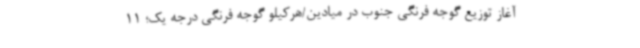
آغاز توزیع گوجه فرنگی جنوب در میادین/هرکیلو گوجه فرنگی درجه یک؛ 11